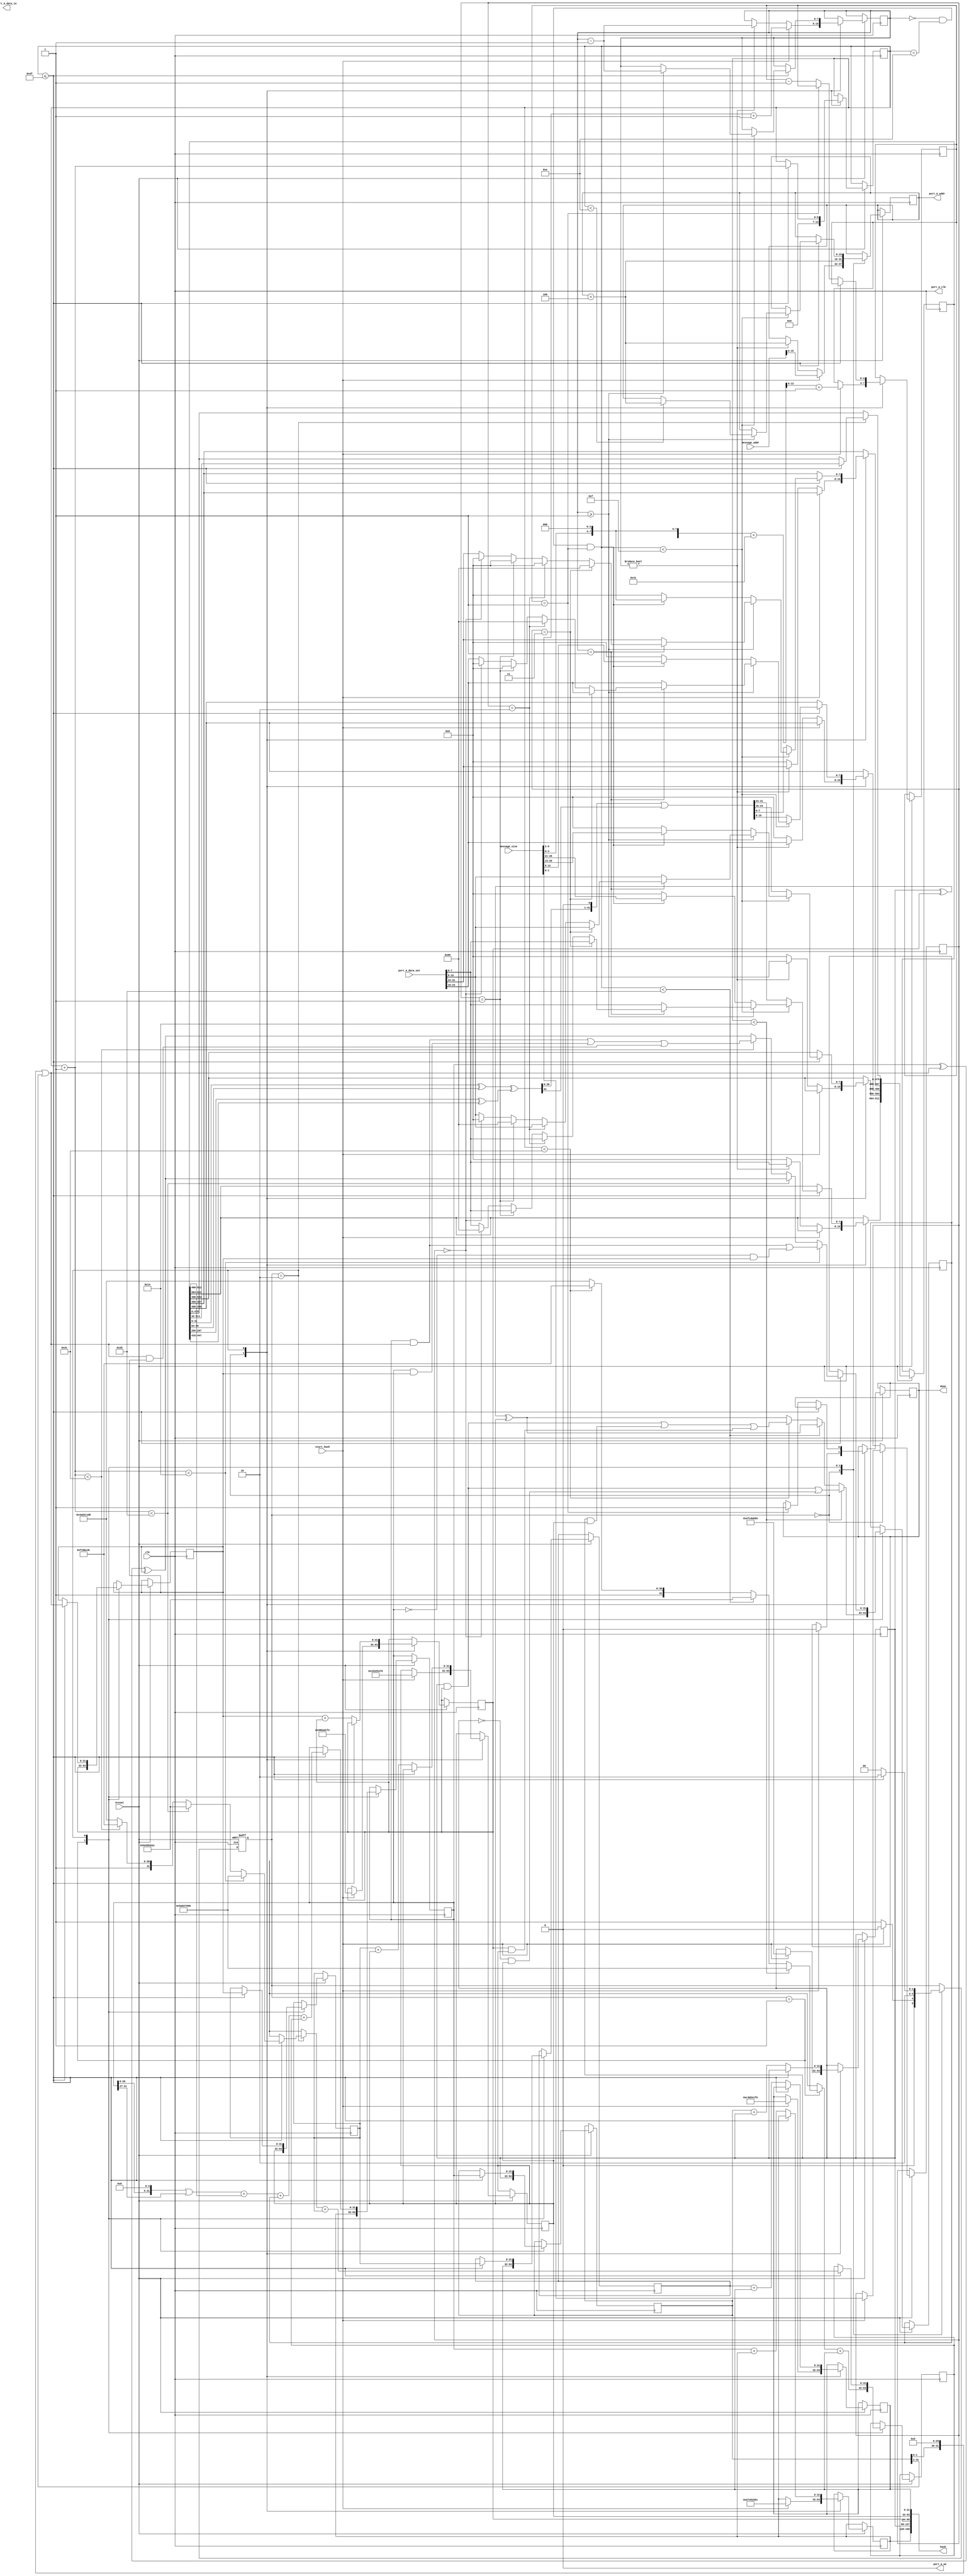
/* Author: Pin Chu, Fan Wu
 **/
 
module SHA1_hash (       
	clk, 		
	nreset, 	
	start_hash,  
	message_addr,	
	message_size, 	
	hash, 	
	done, 		
	port_A_clk,
        port_A_data_in,
        port_A_data_out,
        port_A_addr,
        port_A_we
	);

input	clk;
input	nreset; 
// Initializes the SHA1_hash module

input	start_hash; 
// Tells SHA1_hash to start hashing the given frame

input [31:0] message_addr; 
// Starting address of the messagetext frame
// i.e., specifies from where SHA1_hash must read the messagetext frame

input [31:0] message_size; 
// Length of the message in bytes

output [159:0] hash; 
// hash results

input [31:0] port_A_data_out; 
// read data from the dpsram (messagetext)

output [31:0] port_A_data_in;
// write data to the dpsram (ciphertext)

output [15:0] port_A_addr;
// address of dpsram being read/written 

output  port_A_clk;
// clock to dpsram (drive this with the input clk) 

output  port_A_we;
// read/write selector for dpsram

output	done; // done is a signal to indicate that hash  is complete

parameter [1:0] State0 = 0, //initializes
					 State1 = 1, //IDEL
			       State2 = 2; //computer and reading or padding 
		
wire [159:0] hash;
wire port_A_clk; 
wire [31:0] S_C;
wire [31:0] NEW_A;
		
reg [31:0] A, B, C, D, E, F, KE, H0, H1, H2, H3, H4; //register to store information with each equal to 32bit
reg [511:0] All_W; //store all 16 values of W
reg [15:0] port_A_addr; //store reading address
reg [1:0] state; //different state
reg [1:0] position; //position of where to padding the 1 
reg [3:0] ct_block; //count for block
reg [7:0] ct_pad; //count for paddding
reg [6:0] ct; //0-80
reg done; // done signal 


assign port_A_we = 0; //since we are just reading, we is always 0
assign hash = {H0,H1,H2,H3,H4}; //assign hash to equal to H0-4 combine
assign port_A_clk = clk;

assign S_C = Shift_n(B, 30); //shifting B by 30 and assign to C
assign NEW_A = Shift_n(A, 5) + All_W[511:480] + F + KE; //calculating NEW A(T)

function [3:0] calc_block; //calculating how many blocks we need 
	input[31:0] message_size;
	begin
		calc_block = (((message_size << 3) + 7'b1000001) >> 9) + 4'b1; //calc_block = total_bits/512 + 1;  	
	end
endfunction

function [31:0] calc_F; //calculating the function F to determine which F to use judging by value of ct
	input [31:0] B, C, D; 
	input [6:0] ct;
	begin
		if (ct < 20)
			calc_F = ((B & C)|((~ B) & D));
		else if (ct < 40)
			calc_F = (B ^ C ^ D);
		else if (ct < 60)
			calc_F = ((B & C)|(B & D)|(C & D));
		else
			calc_F = (B ^ C ^ D);
	end
endfunction

function [7:0] calc_padding; //calculating how many paddings we need 
   input [31:0] message_size; 
	begin 
			calc_padding = (message_size >> 2) + 7'b1; //setting up the padding message by message_size/4 + 1;
	end 
endfunction

function [31:0] Shift_n; //left rotation shift 
	input [31:0] inputT;
	input [4:0] n;
	begin
		Shift_n = ((inputT << n) | (inputT >> 32-n));
	end
endfunction

function [31:0] trans_Endian;   //transform to big-endian   
	input [31:0] value;
	trans_Endian = {value[7:0], value[15:8], value[23:16], value[31:24]};
endfunction
 
function [31:0] calc_K; //calculating which value of K judging by value of ct
	input [6:0] ct;
	begin
		if (ct < 20)
			calc_K = 32'h5a827999;
		else if (ct < 40)
			calc_K = 32'h6ed9eba1;
		else if (ct < 60)
			calc_K = 32'h8f1bbcdc;
		else
			calc_K = 32'hca62c1d6;
	end
endfunction

always @ (posedge clk or negedge nreset)
begin
	if(!nreset)       //reset
		begin      
			state <= State0; 
		end
	
	else	 
		case(state)
			State0: // initializes
			begin
				if(start_hash) 
				begin
					done <= 0;
					ct <= 0;	
					H0 <= 32'h67452301;
					H1 <= 32'hefcdab89;
					H2 <= 32'h98badcfe;
					H3 <= 32'h10325476;
					H4 <= 32'hc3d2e1f0;
					port_A_addr <= message_addr[15:0];
					ct_block <= calc_block(message_size);
					ct_pad <= calc_padding(message_size);
					position <= message_size[1:0];
					state <= State0;
				end 	
				else if (!start_hash)
				begin 
					if (ct_pad != 0)
					begin
						All_W[511:480] <=  trans_Endian(port_A_data_out); //getting data 
						ct_pad <= ct_pad - 7'b1; //reducing padding count
						port_A_addr <= port_A_addr + 16'b100; //move on to next reading element
					end
					else
						All_W[511:480] <= 32'h00000000; // finish padding = 0, means no more data need to read, assign all 0
					ct <= 0;		//reset ct
					state <= State1;
				end 
			end
			
		   State1: //IDLE state 
			begin  
				port_A_addr <= port_A_addr + 16'b100;
				F <= calc_F(H1,H2,H3,ct); 
				KE <= calc_K(ct) + H4;
				A <= H0;
				B <= H1;
				C <= H2;
				D <= H3;
				E <= H4;
				state <= State2;
			end 
			
			State2: //reading&padding and computing state 
			begin 
				if(ct <= 79) // when ct < 80
				begin 
					// computing part begin 
					B <= A;
				   C <= S_C;
				   D <= C;
			      E <= D;
					All_W <= All_W >> 32; //shift All_W by 32 so All_W[511:480] can store new data
				   A <= NEW_A; //S^5(A) + f(t;B,C,D) + E + W(t) + K(t) //calculateing something last clock 
				   F <= calc_F(A,S_C,C,ct+1); //calculting F for next cycle
					KE <= calc_K(ct+1) + D; //calcuting K + E for next cycle
					// computing part end  
					//reading part & padding begin 
					if(ct < 15)// 0 ~ 14 
					begin 
						if(ct_pad >= 1)
						begin
							All_W[511:480] <= trans_Endian(port_A_data_out);
							if(ct < 14) // only need to update reading address when ct is less than 14 for next cycle
								port_A_addr <= port_A_addr + 16'b100;	
							ct_pad <= ct_pad - 7'b1; // reducing padding count when each time read data
							if(ct_pad == 1) // padding 1 for different ending situation, 4 possible situation
							begin 
								if(position == 3)
									All_W[487:480] <= 8'h80;		 
								else if(position == 2)
									All_W[495:480] <= 16'h8000;
								else if(position == 1)
									All_W[503:480] <= 24'h800000;
								else if(position == 0)
									All_W[511:480] <= 32'h80000000;
							end
						end 	
						else if (ct_pad == 0 && ct == 14 && ct_block == 1) //last block and ct == 15 (next cycle) 
							All_W[511:480] <= message_size << 3; //message size * 8		  
					end 
					else
						All_W[511:480] <= Shift_n(((All_W[31:0]^All_W[95:64])^(All_W[287:256]^All_W[447:416])), 1);	//calculting All_W for t > 16
					state <= State2;
					ct <= ct + 7'b1;
				end 	
				else // when ct =  80;
				begin 
					H0 <= A + H0; 
					H1 <= B + H1;
					H2 <= C + H2;
					H3 <= D + H3;
					H4 <= E + H4;
					// setting new H0-4
				   if(ct_block == 1) // last block, done signal applied
						done <= 1;			 
					else
						ct_block <= ct_block - 4'b1; //not last block, reducing ct_block by 1
					state <= State0; //go back to state 0
				end 		
			end 	
		endcase 		
end 
endmodule